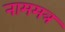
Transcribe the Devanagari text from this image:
नाममत्र